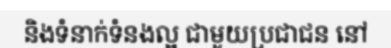
និងទំនាក់ទំនងល្អ ជាមួយប្រជាជន នៅ